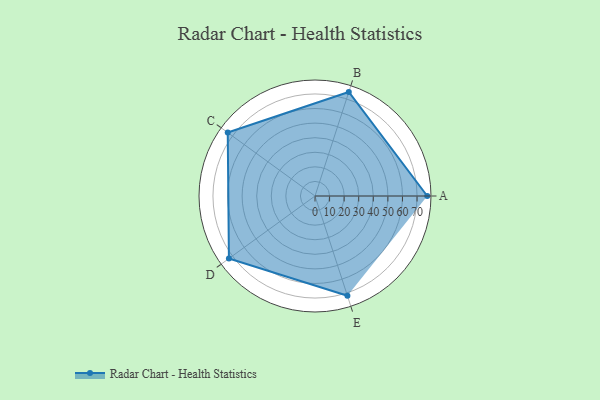
{"axis": {"x": "Skill", "y": "Score"}, "legend": ["Profile"], "data": [{"x": "A", "y": 77.0, "type": "Profile"}, {"x": "B", "y": 75.0, "type": "Profile"}, {"x": "C", "y": 74.0, "type": "Profile"}, {"x": "D", "y": 73.0, "type": "Profile"}, {"x": "E", "y": 72.0, "type": "Profile"}]}